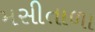
મસીતાળા